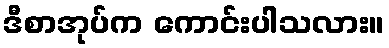
ဒီစာအုပ်က ကောင်းပါသလား။